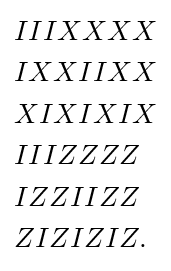
{\begin{aligned}&IIIXXXX\\&IXXIIXX\\&XIXIXIX\\&IIIZZZZ\\&IZZIIZZ\\&ZIZIZIZ.\end{aligned}}